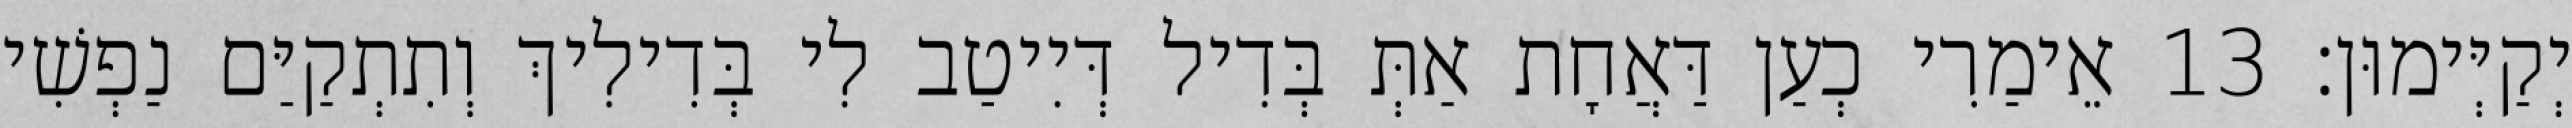
יְקַיְּימוּן׃ 13 אֵימַרִי כְעַן דַּאֲחָת אַתְּ בְּדִיל דְּיִיטַב לִי בְּדִילִיךְ וְתִתְקַיַּם נַפְשִׁי